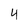
Character: 4